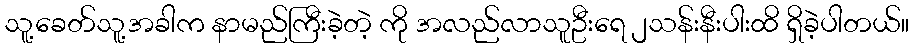
သူ့ခေတ်သူ့အခါက နာမည်ကြီးခဲ့တဲ့ ကို အလည်လာသူဦးရေ ၂သန်းနီးပါးထိ ရှိခဲ့ပါတယ်။